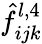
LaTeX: \hat{f}_{ijk}^{l,4}